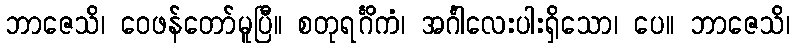
ဘာဇေသိ၊ ဝေဖန်တော်မူပြီ။ စတုရင်္ဂိကံ၊ အင်္ဂါလေးပါးရှိသော၊ ပေ။ ဘာဇေသိ၊